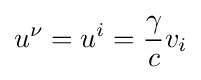
u^{\nu }=u^{i}={\frac {\gamma }{c}}v_{i}